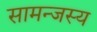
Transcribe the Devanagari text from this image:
सामन्‍जस्‍य